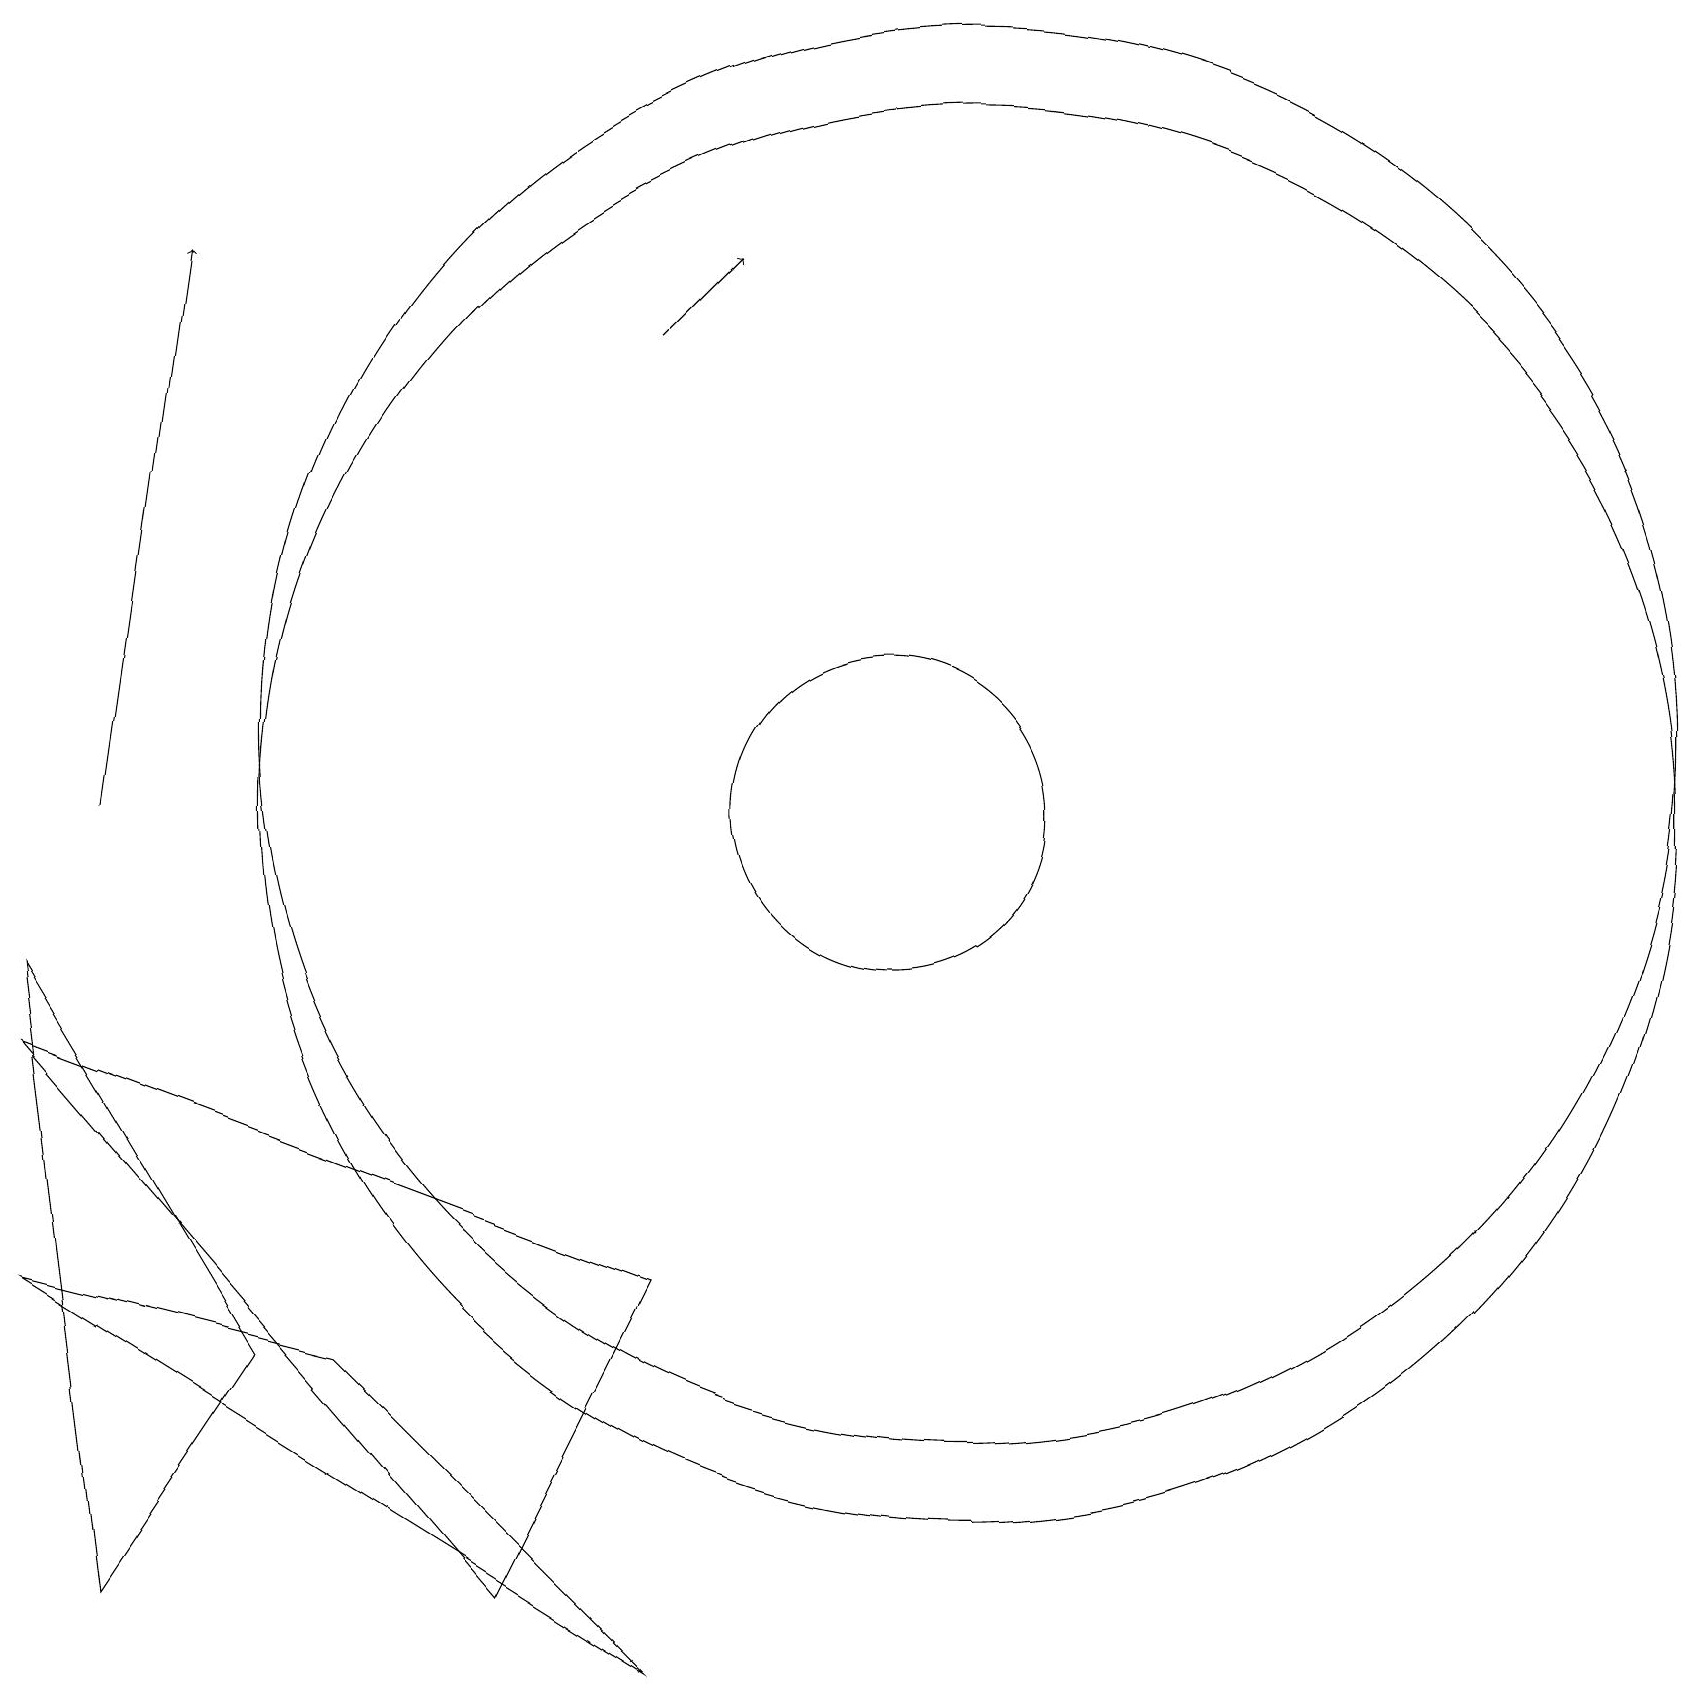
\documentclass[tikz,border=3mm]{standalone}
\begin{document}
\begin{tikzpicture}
\draw (0,8) -- (8,5) -- (6,1) -- cycle;
\draw[->] (8,17) -- (9,18);
\draw (12,11) circle (9);
\draw (3,4) -- (1,1) -- (0,9) -- cycle;
\draw[->] (1,11) -- (2,18);
\draw (11,11) circle (2);
\draw (12,12) circle (9);
\draw (4,4) -- (0,5) -- (8,0) -- cycle;
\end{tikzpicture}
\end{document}